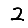
Digit: 2